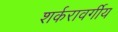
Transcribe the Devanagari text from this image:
शर्करावर्गीय